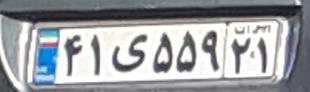
۴۱ی۵۵۹۲۱